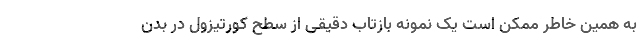
به همین خاطر ممکن است یک نمونه بازتاب دقیقی از سطح کورتیزول در بدن